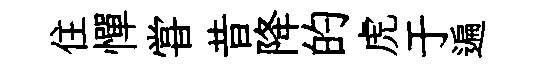
住憚甞昔降的虎于遍